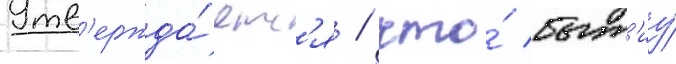
Утв'ержда́етс'я / что́ быт'иу́